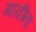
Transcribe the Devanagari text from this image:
गायींना